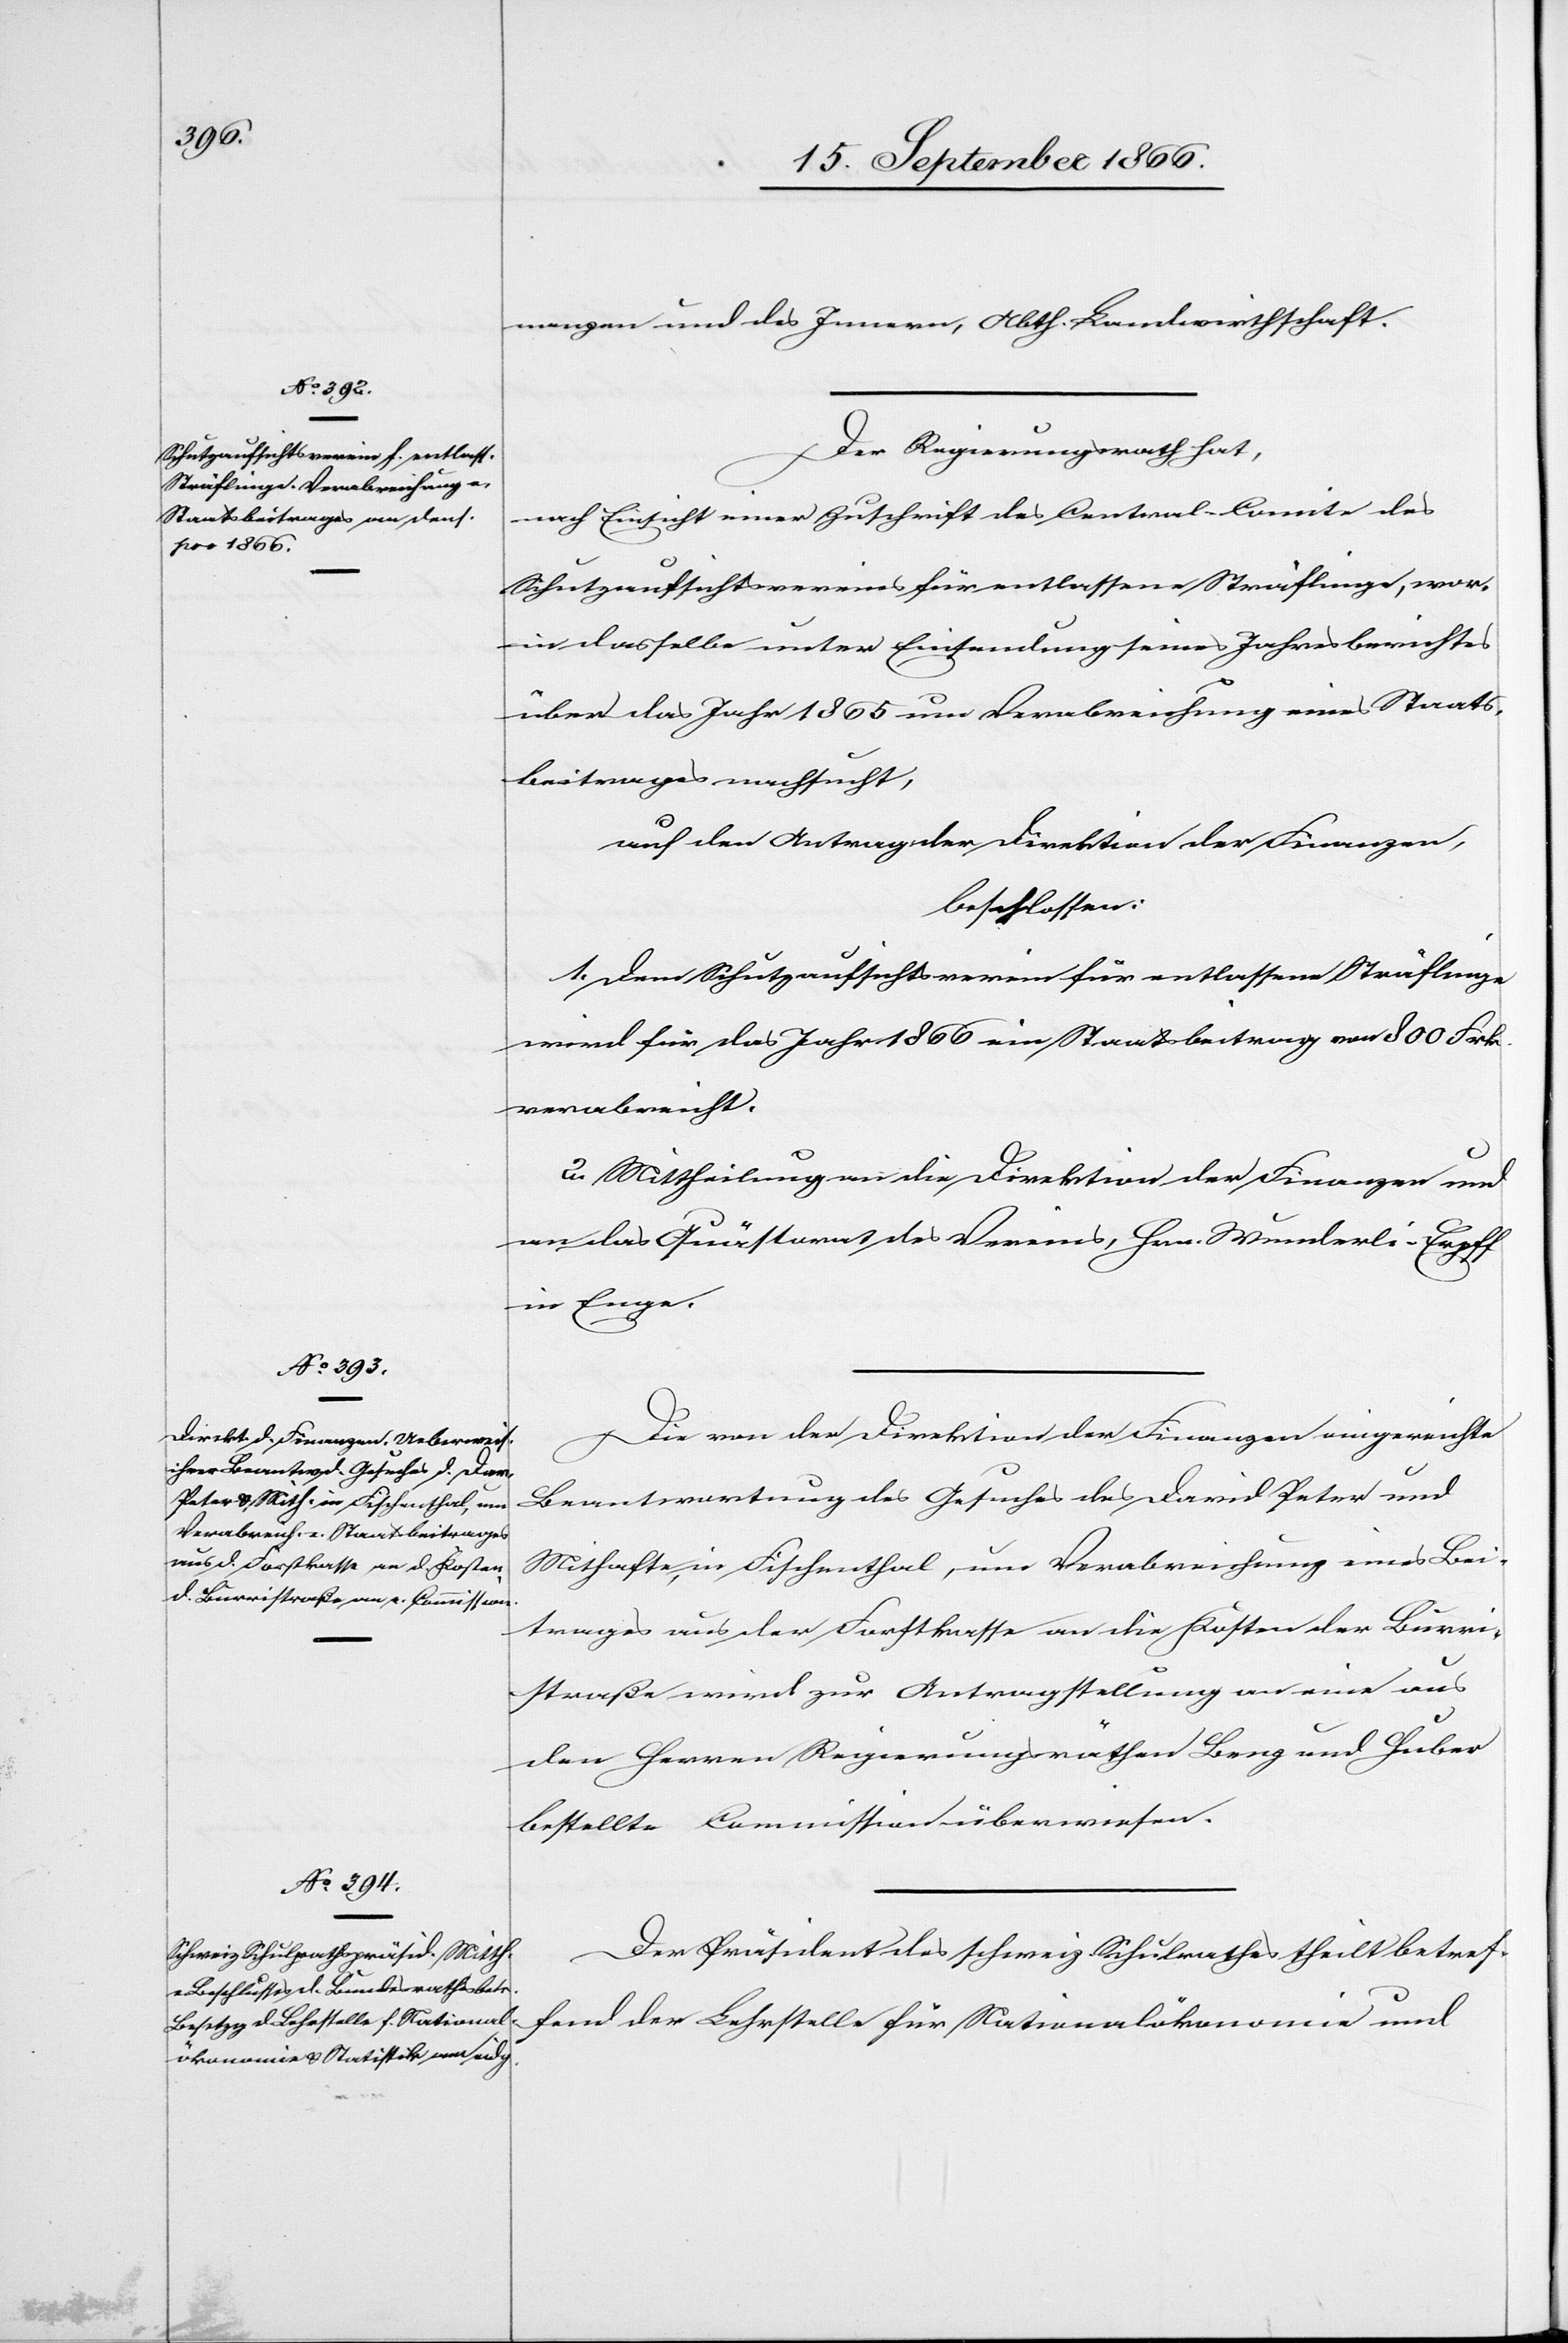
nanzen und des Innern, Abth. Landwirthschaft.
Der Regierungsrath hat,
nach Einsicht einer Zuschrift des Central-Comite des
Schutzaufsichtsvereins für entlassene Sträflinge, wor¬
in dasselbe unter Einsendung seines Jahresberichtes
über das Jahr 1865 um Verabreichung eines Staats¬
beitrages nachsucht,
auf den Antrag der Direktion der Finanzen,
beschlossen:
1. Dem Schutzaufsichtsverein für entlassene Sträflinge
wird für das Jahr 1866 ein Staatsbeitrag von 800 Frk.
verabreicht.
2. Mittheilung an die Direktion der Finanzen und
an das Quästorat des Vereins, Hrn. Wunderli-Erpf
in Enge.
Die von der Direktion der Finanzen eingereichte
Beantwortung des Gesuches des David Peter und
Mithafte, in Fischenthal, um Verabreichung eines Bei¬
trages aus der Forstkasse an die Kosten der Berri¬
straße wird zur Antragstellung an eine aus
den Herren Regierungsräthen Berg u. Huber
bestellte Commission überwiesen.
Der Präsident des schweiz. Schulrathes theilt betref¬
fend der Lehrstelle für Nationalökonomie und